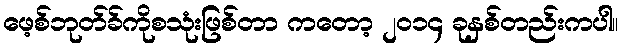
ဖေ့စ်ဘုတ်ခ်ကိုစသုံးဖြစ်တာ ကတော့ ၂ဝ၁၄ ခုနှစ်တည်းကပါ။